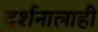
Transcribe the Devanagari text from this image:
दर्शनालाही